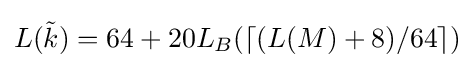
L({\tilde {k}})=64+20L_{B}(\left\lceil (L(M)+8)/64\right\rceil )